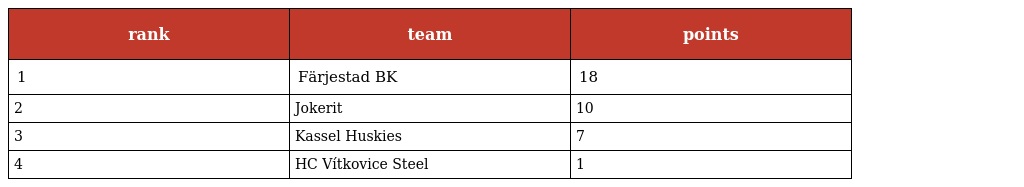
| rank | team | points |
 | --- | --- | --- |
 | 1 | Färjestad BK | 18 |
 | 2 | Jokerit | 10 |
 | 3 | Kassel Huskies | 7 |
 | 4 | HC Vítkovice Steel | 1 |